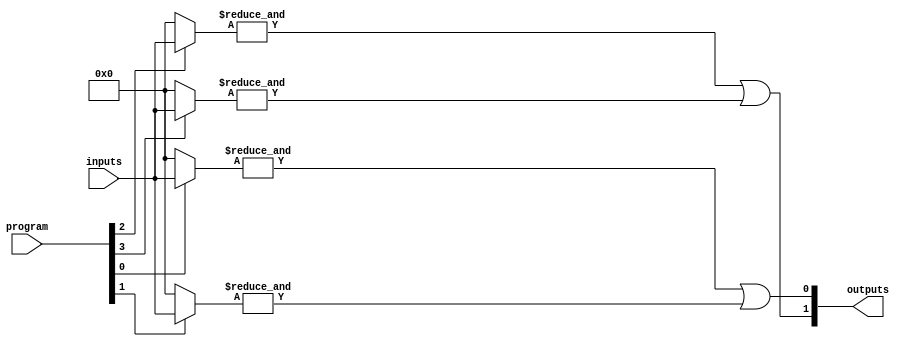
module HS_PAL (
    input wire [N-1:0] inputs,       // N input lines
    input wire [M-1:0] program,      // M programmable connections
    output wire [P-1:0] outputs       // P output lines
);

// Parameters
parameter N = 8; // Number of input lines
parameter M = 4; // Number of product terms
parameter P = 2; // Number of output lines

// Internal signals
wire [M-1:0] and_outputs; // Outputs from the AND array

// Programmable AND array
genvar i, j;
generate
    for (i = 0; i < M; i = i + 1) begin : and_array
        wire [N-1:0] and_inputs;
        assign and_inputs = (program[i] == 1'b1) ? inputs : {N{1'b0}}; // Select inputs based on programming
        
        // AND gate implementation
        assign and_outputs[i] = &and_inputs; // AND operation
    end
endgenerate

// Fixed OR array
assign outputs[0] = and_outputs[0] | and_outputs[1]; // Example OR operation for output 0
assign outputs[1] = and_outputs[2] | and_outputs[3]; // Example OR operation for output 1

endmodule